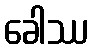
ခေါဿ